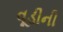
વૂડીની